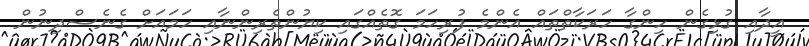
އީދާއި ގުޅިގެން ހިންގާ ހަރަކާތްތައް އެންމެ ފުރިހަމަ ގޮތެއްގައި ކިޔުންތެރިންނާއި ހަމައަށް ގެނެސްދިނުން